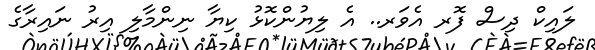
ލައިކް ދިސް ފޮރ އެވަރ.. އެ ލިޔުންކޮޅު ކިޔާ ނިންމާލި އިރު ނައިރާގެ